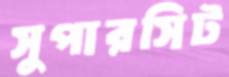
সুপারসিট